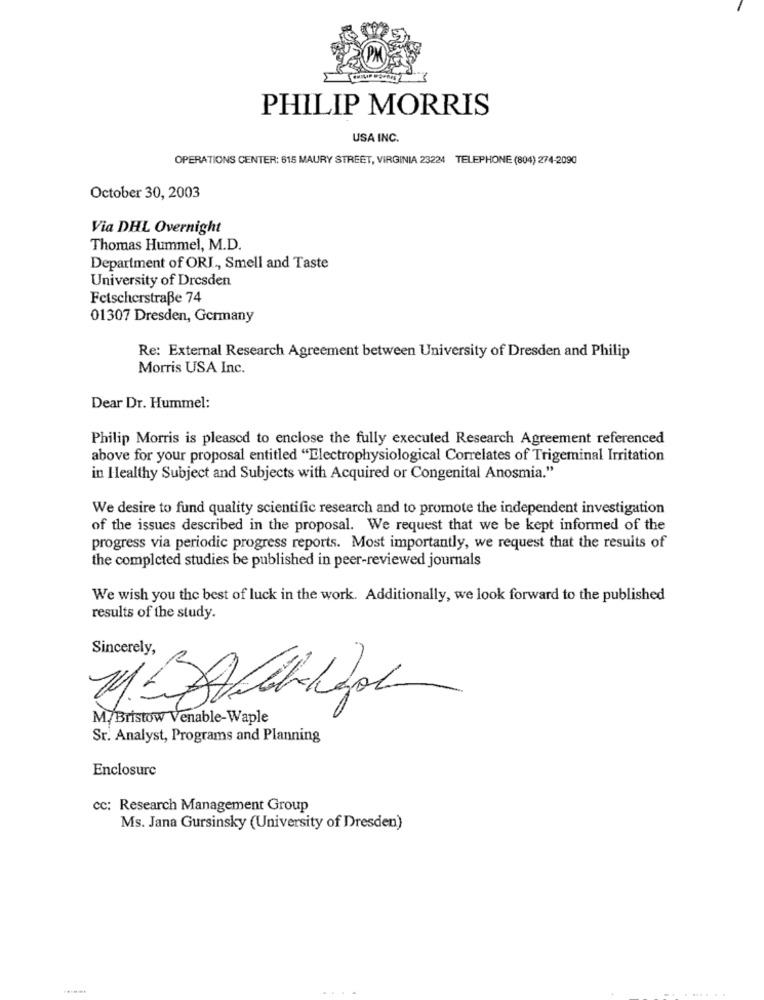
PHILIP MORRIS
USA INC.
OPERATIONS CENTER: 615 MAURY STREET, VIRGINIA 23224 TELEPHONE (804) 274-2090
October 30, 2003
Via DHL Overnight
Thomas Hummel, M.D.
Department of ORI ., Smell and Taste
University of Dresden
Fetscherstraße 74
01307 Dresden, Germany
Re: External Research Agreement between University of Dresden and Philip
Morris USA Inc.
Dear Dr. Hummel:
Philip Morris is pleased to enclose the fully executed Research Agreement referenced
above for your proposal entitled "Electrophysiological Correlates of Trigeminal Irritation
in Healthy Subject and Subjects with Acquired or Congenital Anosmia."
We desire to fund quality scientific research and to promote the independent investigation
of the issues described in the proposal. We request that we be kept informed of the
progress via periodic progress reports. Most importantly, we request that the results of
the completed studies be published in peer-reviewed journals
We wish you the best of luck in the work. Additionally, we look forward to the published
results of the study.
Sincerely,
M/ Bristow Venable-Waple
Sr. Analyst, Programs and Planning
Enclosure
cc: Research Management Group
Ms. Jana Gursinsky (University of Dresden)